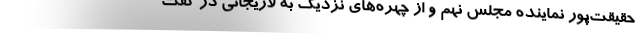
حقیقت‌پور نماینده مجلس نهم و از چهره‌های نزدیک به لاریجانی در گفت